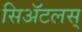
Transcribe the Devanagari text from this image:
सिॲटलस्